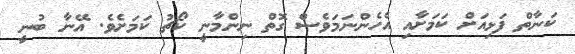
ކަނާތް ފަޅިއަށް ކަމަށާއި އެހެންނަމަވެސް ގޮތް ނިންމާނީ ކޯޗު ކަމަށެވެ. އޭނާ ބުނީ